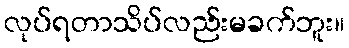
လုပ်ရတာသိပ်လည်းမခက်ဘူး။